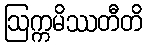
ဩက္ကမိဿတီတိ